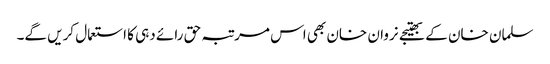
سلمان خان کے بھتیجے نروان خان بھی اس مرتبہ حق رائے دہی کا استعمال کریں گے۔